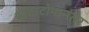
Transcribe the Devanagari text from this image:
खटाटोपानंतर